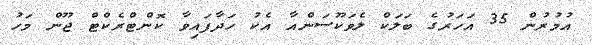
އުމުރުން 35 އަހަރުގެ ބަލަކް ލެވަކޫސަންއާ އެކު ހަދާފައިވާ ކޮންޓްރެކްޓް ޖޫން މަހު